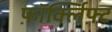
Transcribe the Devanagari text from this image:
फ़ॉर्क्लिफ़्ट